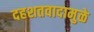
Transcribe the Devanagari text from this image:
दहशतवादामुळे